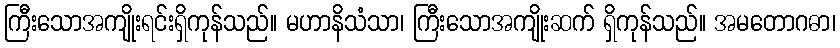
ကြီးသောအကျိုးရင်းရှိကုန်သည်။ မဟာနိသံသာ၊ ကြီးသောအကျိုးဆက် ရှိကုန်သည်။ အမတောဂဓာ၊